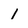
Character: 1